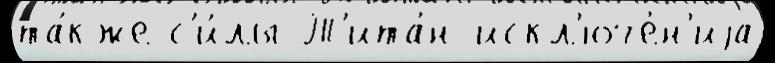
та́кже с'и́лы Т'ита́н искл'юче́н'иjа